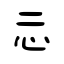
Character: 忈